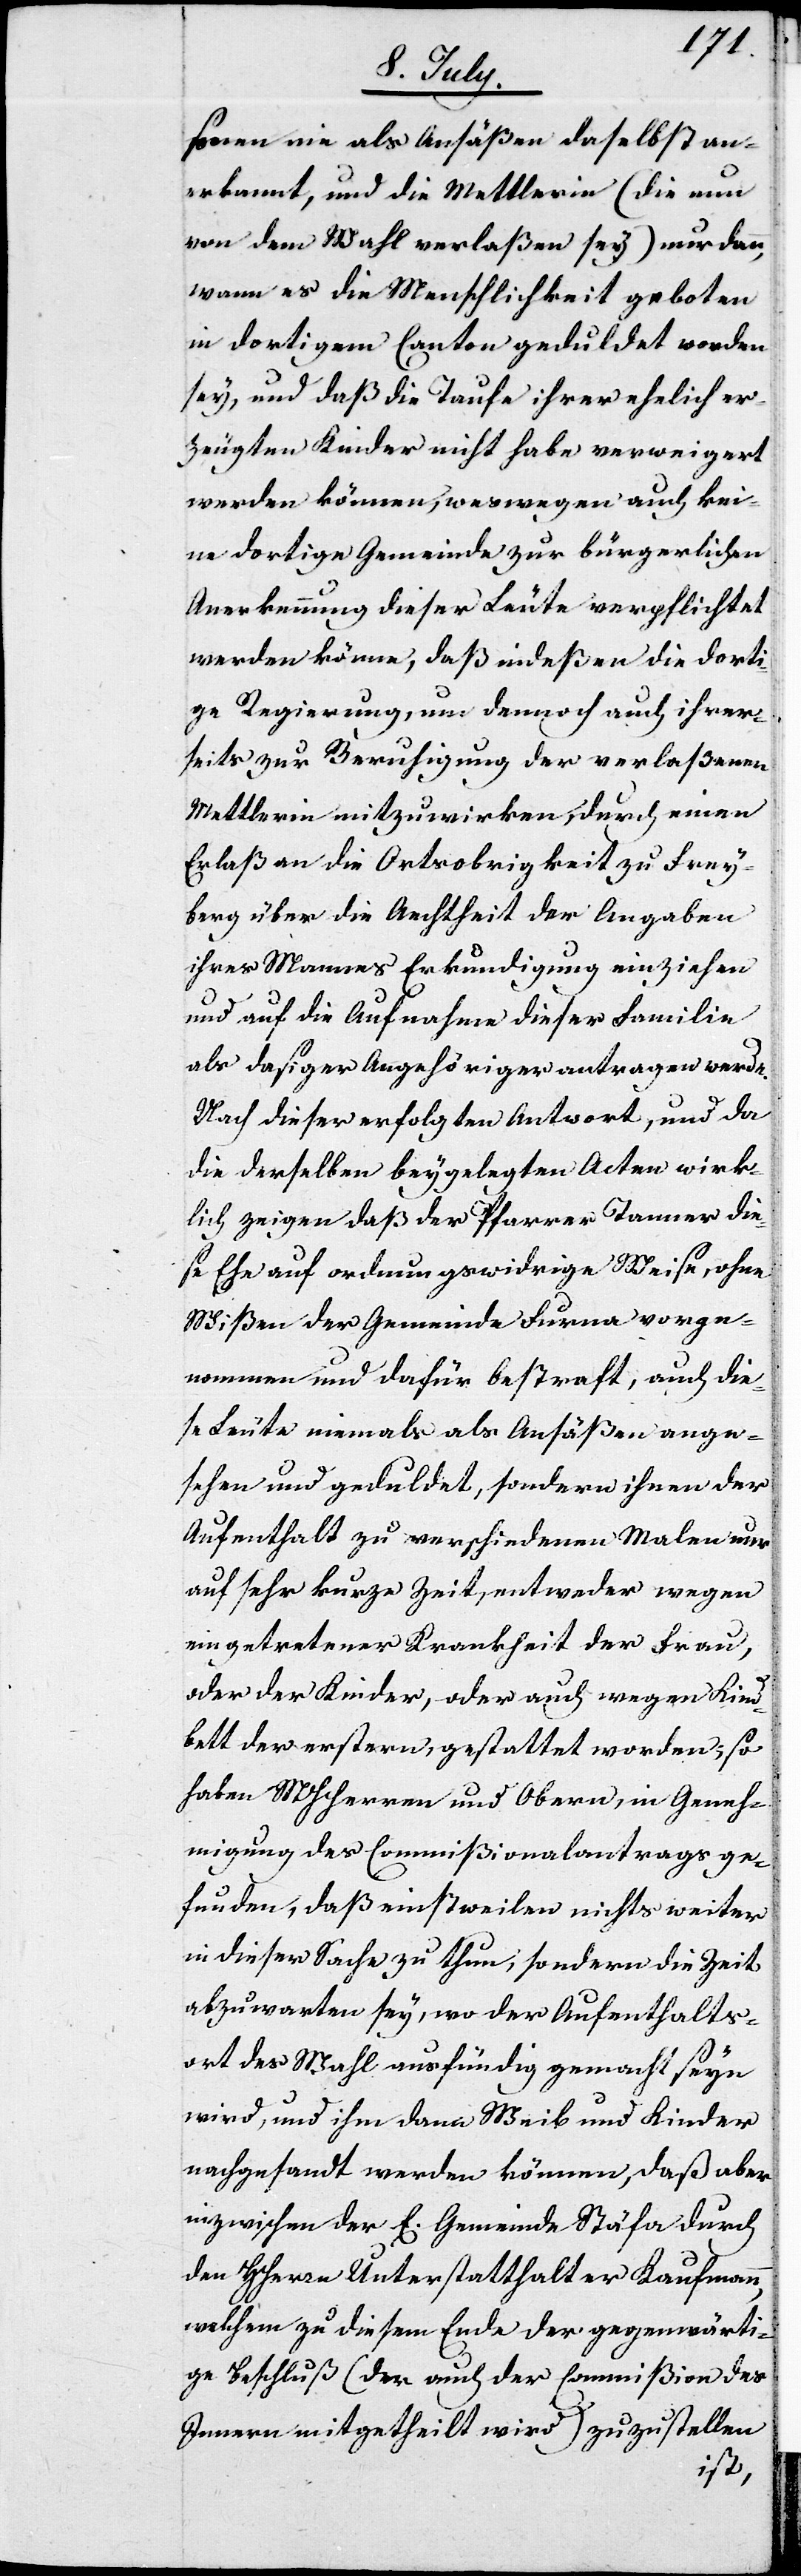
sonen nie als Ansäßen daselbst an¬
erkannt, und die Mettlerin (die nun
von dem Wahl verlaßen sey) nur dann,
wann es die Menschlichkeit geboten
in dortigem Canton geduldet worden
sey, und daß die Taufe ihrer ehelich er¬
zeugten Kinder nicht habe verweigert
werden können, weswegen auch kei¬
ne dortige Gemeinde zur bürgerlichen
Anerkennung dieser Leute verpflichtet
werden könne, daß indeßen die dorti¬
ge Regierung, um dennoch auch ihrer¬
seits zur Beruhigung der verlaßenen
Mettlerin mitzuwirken, durch einen
Erlaß an die Ortsobrigkeit zu Frey¬
burg über die Aechtheit der Angaben
ihres Mannes Erkundigung einziehen
und auf die Aufnahme dieser Familie
als dasiger Angehöriger antragen werde.
Nach dieser erfolgten Antwort, und da
die derselben beygelegten Acten wirk¬
lich zeigen daß der Pfarrer Tanner die¬
se Ehe auf ordnungswidrige Weise, ohne
Wißen der Gemeinde Furna vorge¬
nommen und dafür bestraft, auch die¬
se Leute niemals als Ansäßen ange¬
sehen und geduldet, sondern ihnen der
Aufenthalt zu verschiedenen Malen nur
auf sehr kurze Zeit, entweder wegen
eingetretener Krankheit der Frau,
oder der Kinder, oder auch wegen Kind¬
bett der erstern, gestattet worden; so
haben MHHerren und Obern, in Geneh¬
migung des Commißionalantrags ge¬
funden, daß einstweilen nichts weiter
in dieser Sache zu thun, sondern die Zeit
abzuwarten sey, wo der Aufenthalts¬
ort des Wahl ausfündig gemacht seyn
wird, und ihm dann Weib und Kinder
nachgesandt werden können, daß aber
inzwischen der E. Gemeinde Stäfa durch
den HHerrn Unterstatthalter Kaufmann,
welchem zu diesem Ende der gegenwärti¬
ge Beschluß (der auch der Commißion der
Innern mitgetheilt wird) zuzustellen